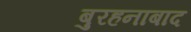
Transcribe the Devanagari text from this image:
बुरहनाबाद